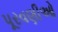
પૂરવણીઓ